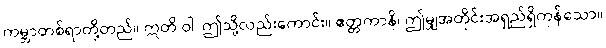
ကမ္ဘာတစ်ရာတို့တည်။ ဣတိ ဝါ၊ ဤသို့လည်းကောင်း။ ဧတ္တကာနိ၊ ဤမျှအတိုင်းအရှည်ရှိကုန်သော။